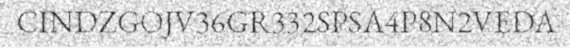
CINDZGOJV36GR332SPSA4P8N2VEDA